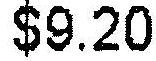
$9.20